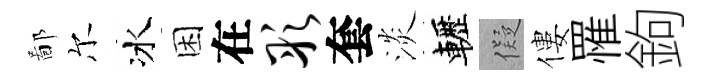
鄙尔冰困在彤套淡轣儗僂罹鉤